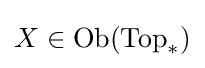
X\in \operatorname {Ob} ({\text{Top}}_{*})